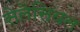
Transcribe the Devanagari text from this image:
सेलेसियल